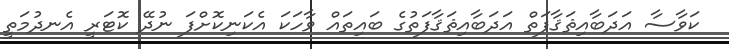
ކަވާސާ އަދަބާއިޘަޤާފަތް އަދަބާއިޘަޤާފަތުގެ ބައިތައް ވާހަކަ އެކަނިކޮށްފަ ނުދޭ ކޮޓަރީ އެނދުމަތީ